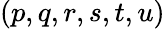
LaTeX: (p,q,r,s,t,u)